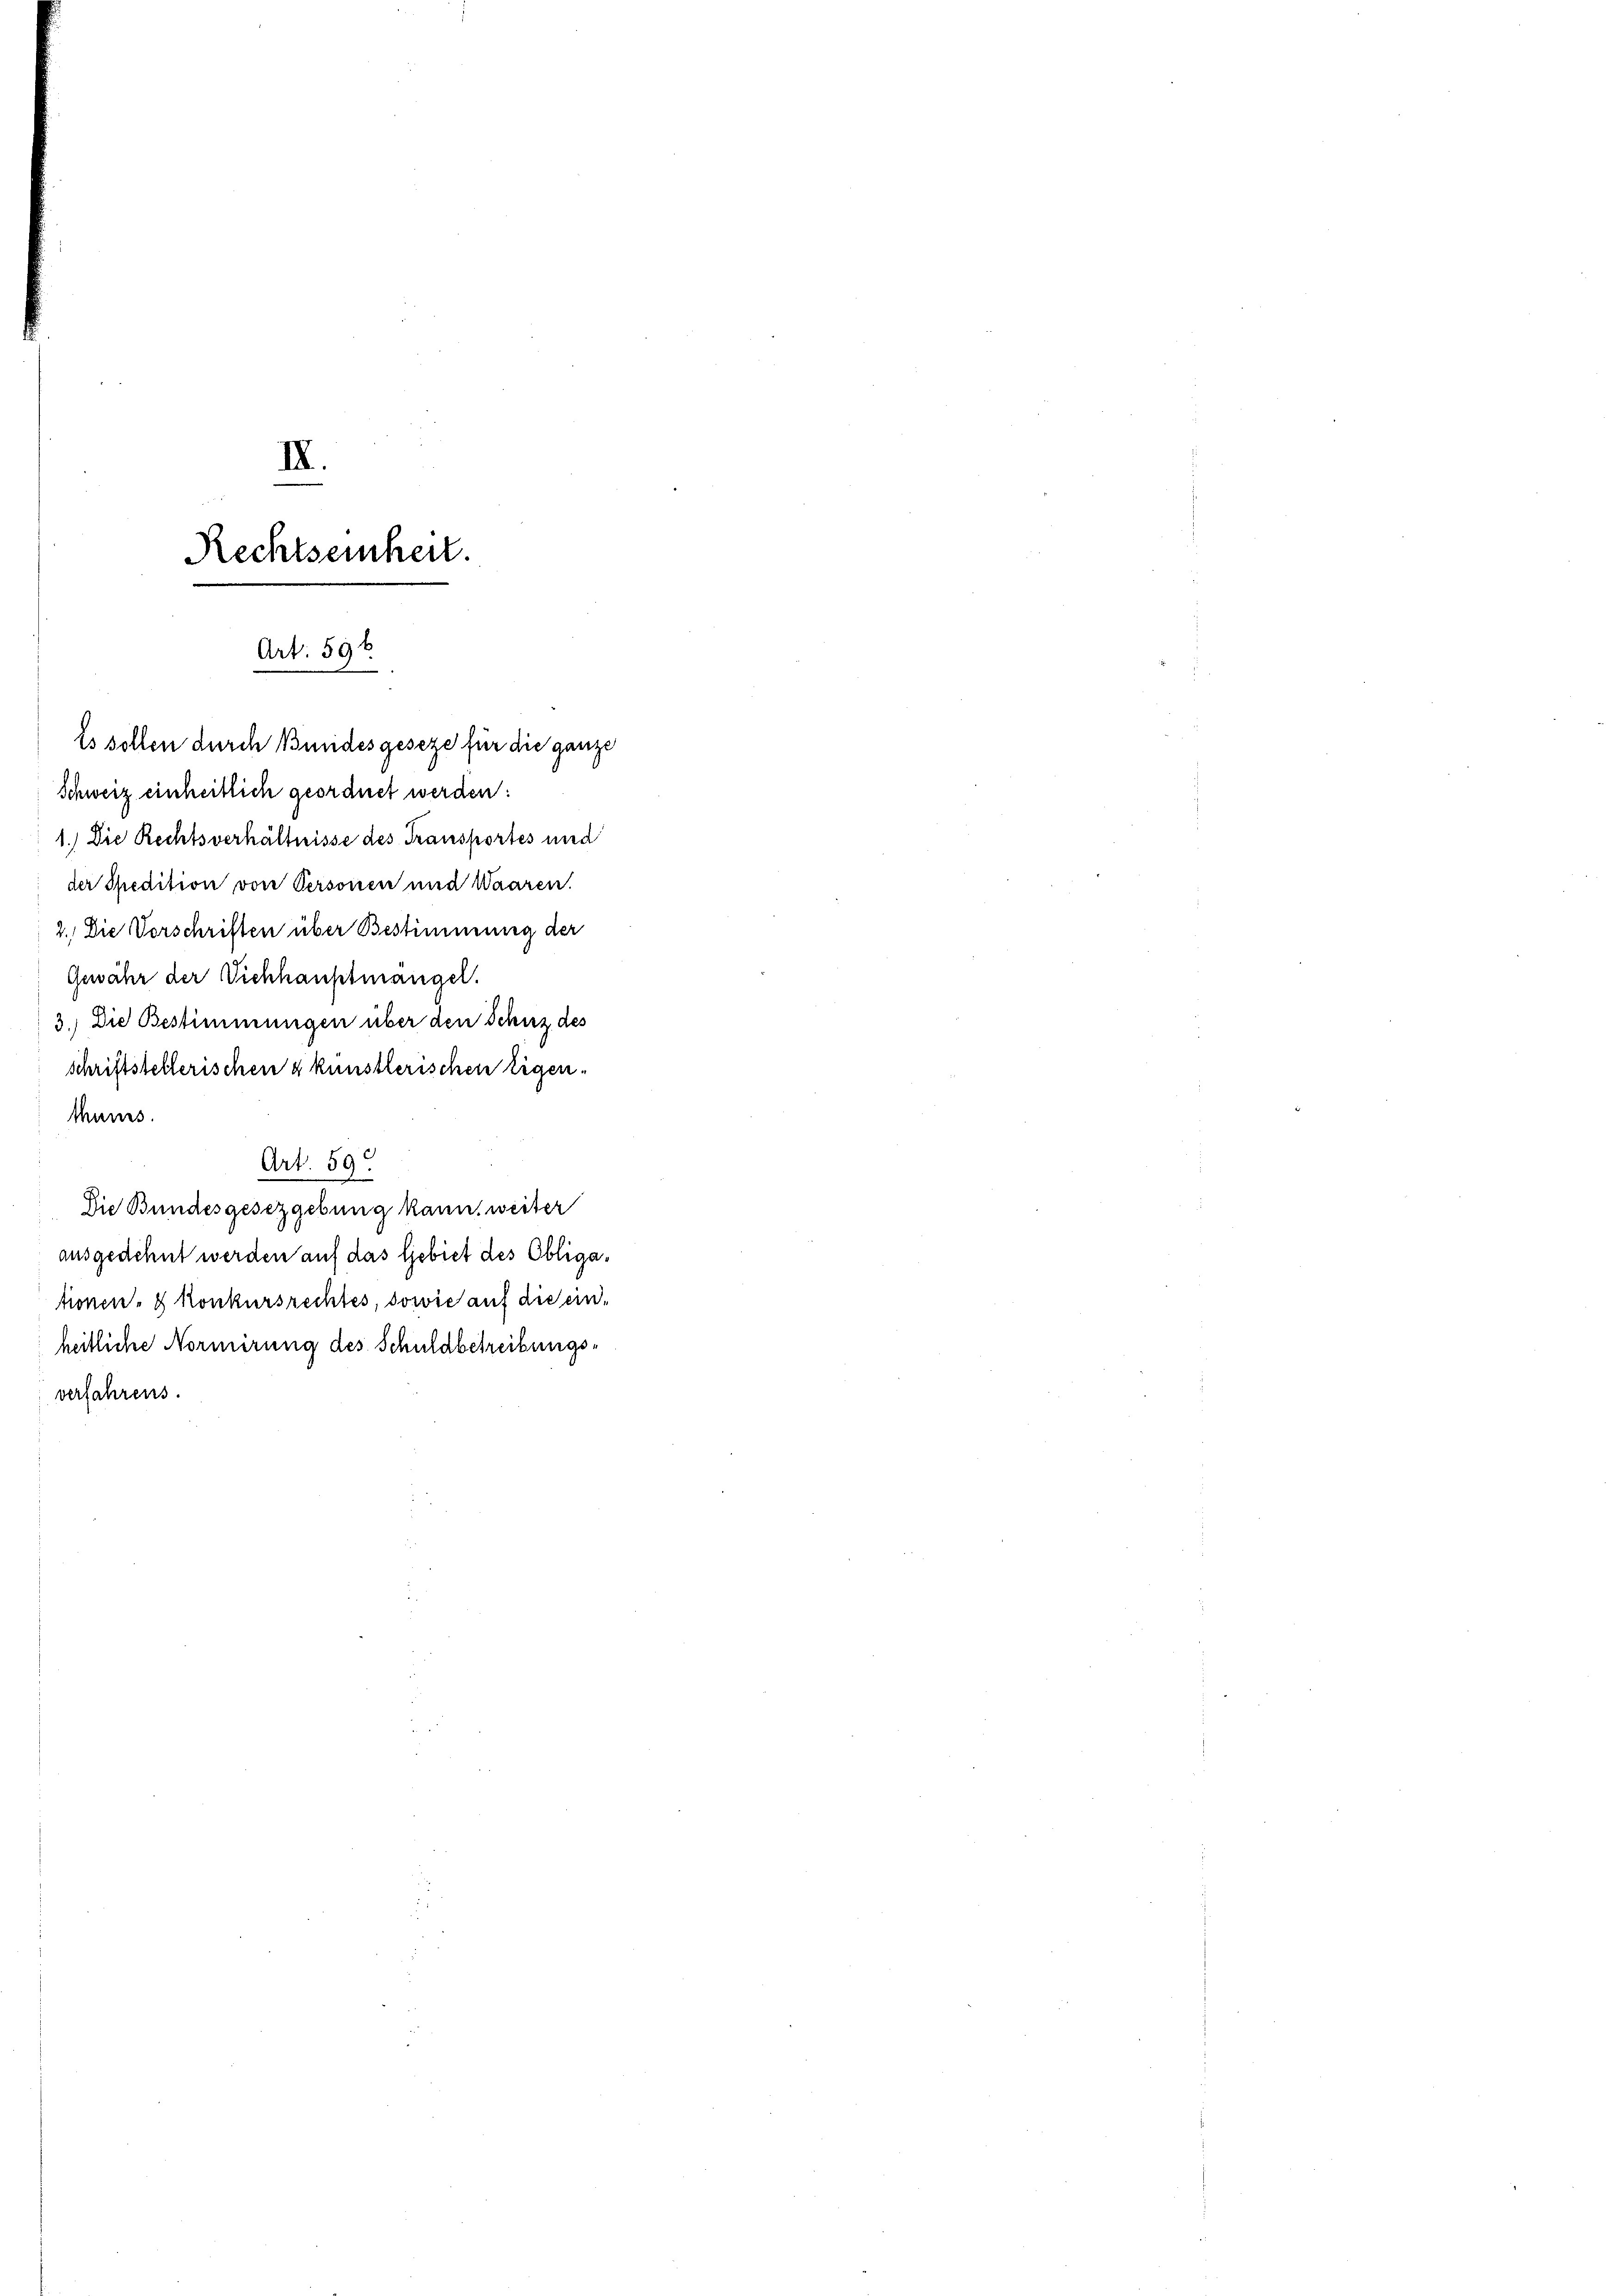
IX.
Rechtseinheit.

Art. 596
Es sollen durch Bundesgeseze für die ganze

Schweiz einheitlich geordnet werden:
1.) Die Rechtsverhältnisse des Transportes und
der Thedition von Personen und Waaren.
2.) Die Vorschriften über Bestimmung der
Gewähr der Vichhauptmangel.
3.) Die Bestimmungen über den Schuz des
schriftstellerischen & künstlerischen Eigen¬
Manes.
Art. 59
Die Bundesgesetzgebung kann, weiter
ausgedehnt werden auf das Gebiet des Obligationen- & Konkursrechtes, sowie auf die einheitliche Normirung des Schuldbetreibungsverfahrens.